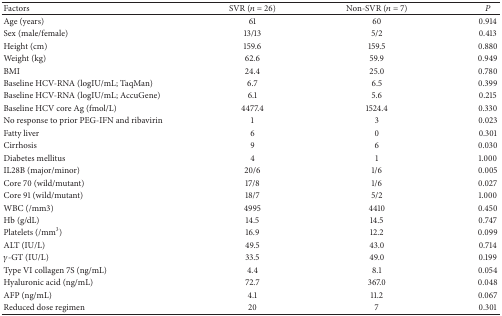
<table><thead><tr><td><b>Factors</b></td><td><b>SVR (<i>n</i> = 26)</b></td><td><b>Non-SVR (<i>n</i> = 7)</b></td><td><b><i>P</i></b></td></tr></thead><tbody><tr><td>Age (years)</td><td>61</td><td>60</td><td>0.914</td></tr><tr><td>Sex (male/female)</td><td>13/13</td><td>5/2</td><td>0.413</td></tr><tr><td>Height (cm)</td><td>159.6</td><td>159.5</td><td>0.880</td></tr><tr><td>Weight (kg)</td><td>62.6</td><td>59.9</td><td>0.949</td></tr><tr><td>BMI</td><td>24.4</td><td>25.0</td><td>0.780</td></tr><tr><td>Baseline HCV-RNA (logIU/mL; TaqMan)</td><td>6.7</td><td>6.5</td><td>0.399</td></tr><tr><td>Baseline HCV-RNA (logIU/mL; AccuGene)</td><td>6.1</td><td>5.6</td><td>0.215</td></tr><tr><td>Baseline HCV core Ag (fmol/L)</td><td>4477.4</td><td>1524.4</td><td>0.330</td></tr><tr><td>No response to prior PEG-IFN and ribavirin</td><td>1</td><td>3</td><td>0.023</td></tr><tr><td>Fatty liver</td><td>6</td><td>0</td><td>0.301</td></tr><tr><td>Cirrhosis</td><td>9</td><td>6</td><td>0.030</td></tr><tr><td>Diabetes mellitus </td><td>4</td><td>1</td><td>1.000</td></tr><tr><td>IL28B (major/minor)</td><td>20/6</td><td>1/6</td><td>0.005</td></tr><tr><td>Core 70 (wild/mutant)</td><td>17/8</td><td>1/6</td><td>0.027</td></tr><tr><td>Core 91 (wild/mutant)</td><td>18/7</td><td>5/2</td><td>1.000</td></tr><tr><td>WBC (/mm3)</td><td>4995</td><td>4410</td><td>0.450</td></tr><tr><td>Hb (g/dL)</td><td>14.5</td><td>14.5</td><td>0.747</td></tr><tr><td>Platelets (/mm<sup>3</sup>)</td><td>16.9</td><td>12.2</td><td>0.099</td></tr><tr><td>ALT (IU/L)</td><td>49.5</td><td>43.0</td><td>0.714</td></tr><tr><td><i>γ</i>-GT (IU/L)</td><td>33.5</td><td>49.0</td><td>0.199</td></tr><tr><td>Type VI collagen 7S (ng/mL)</td><td>4.4</td><td>8.1</td><td>0.054</td></tr><tr><td>Hyaluronic acid (ng/mL)</td><td>72.7</td><td>367.0</td><td>0.048</td></tr><tr><td>AFP (ng/mL)</td><td>4.1</td><td>11.2</td><td>0.067</td></tr><tr><td>Reduced dose regimen</td><td>20</td><td>7</td><td>0.301</td></tr></tbody></table>